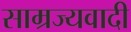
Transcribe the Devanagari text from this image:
साम्रज्यवादी